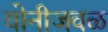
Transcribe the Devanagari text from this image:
योनीजवळ